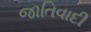
જાતિવાદી